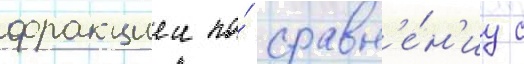
фракциеи по́ сравн'е́н'иу с